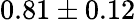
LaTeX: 0.81\pm 0.12